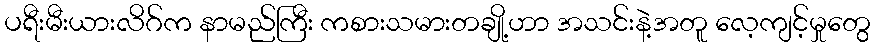
ပရီးမီးယားလိဂ်က နာမည်ကြီး ကစားသမားတချို့ဟာ အသင်းနဲ့အတူ လေ့ကျင့်မှုတွေ